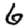
Digit: 6